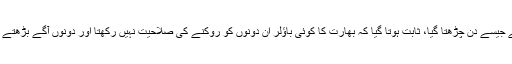
لیکن جیسے جیسے دن چڑھتا گیا، ثابت ہوتا گیا کہ بھارت کا کوئی باؤلر ان دونوں کو روکنے کی صلاحیت نہیں رکھتا اور دونوں آگے بڑھتے چلے گئے۔